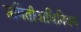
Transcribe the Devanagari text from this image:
समितीअधिनियम